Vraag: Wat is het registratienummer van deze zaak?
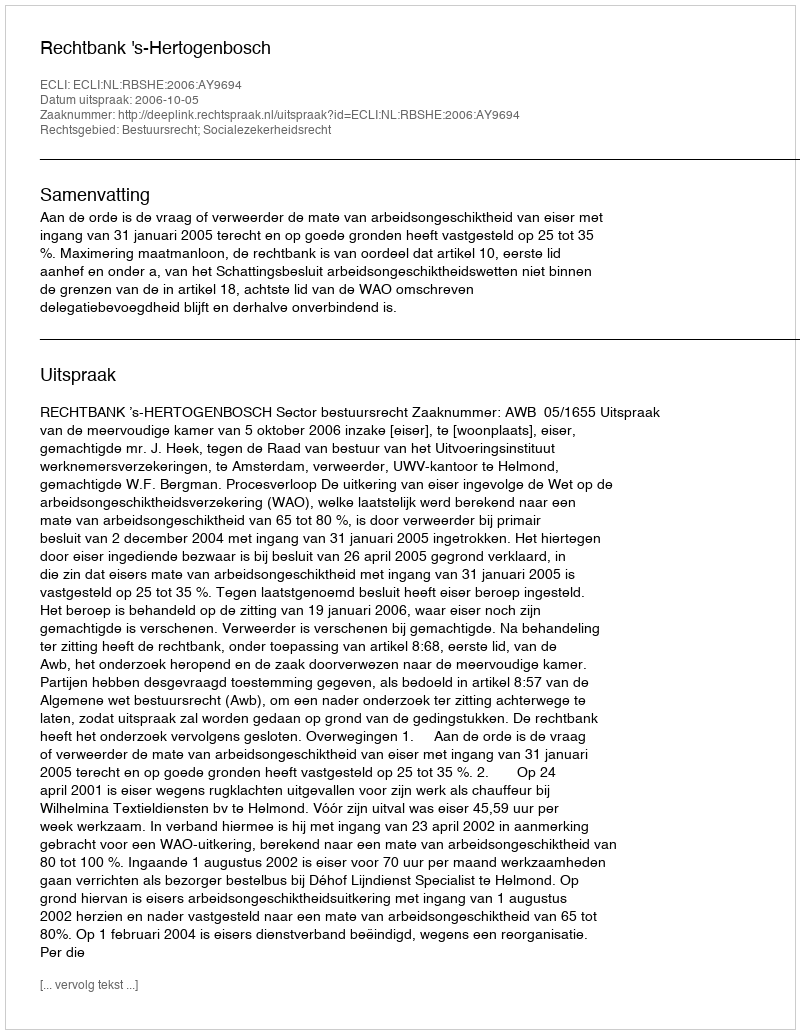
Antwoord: http://deeplink.rechtspraak.nl/uitspraak?id=ECLI:NL:RBSHE:2006:AY9694